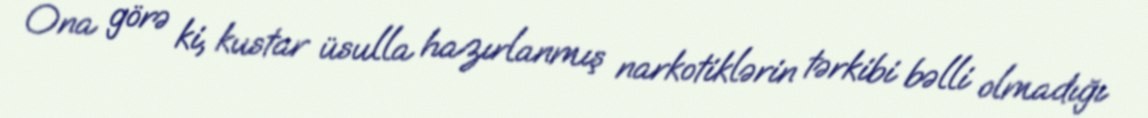
Ona görə ki, kustar üsulla hazırlanmış narkotiklərin tərkibi bəlli olmadığı